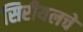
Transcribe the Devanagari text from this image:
सिरीयलचे